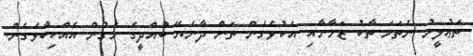
ތަޢުލީމު ނެތަމަ ތާކު ޒަމާނާއި އެކުވެގެން ތަން ދާނެޔޭ ބުއްދީގެ މަގުން އެއްކިބާވެގެން.